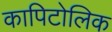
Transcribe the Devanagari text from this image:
कापिटोलिक